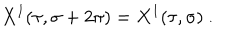
X ^ { I } ( \tau , \sigma + 2 \pi ) = X ^ { I } ( \tau , \sigma ) ~ .